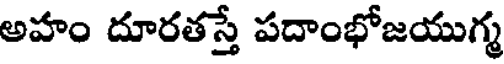
అహం దూరతస్తే పదాంభోజయుగ్మ